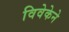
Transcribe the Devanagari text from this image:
विवेकेने